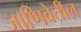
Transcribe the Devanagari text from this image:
जाणिवेतील